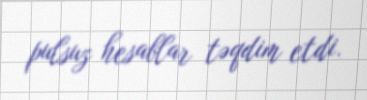
pulsuz hesablar təqdim etdi.